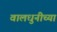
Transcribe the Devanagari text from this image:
वालधुनीच्या